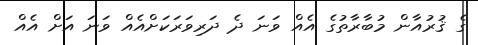
ގެ ޤުރުއާން މުބާރާތުގެ އެއް ވަނަ ދެ ދަރިވަރަކަށްއެއް ވަނަ އަށް އެއް